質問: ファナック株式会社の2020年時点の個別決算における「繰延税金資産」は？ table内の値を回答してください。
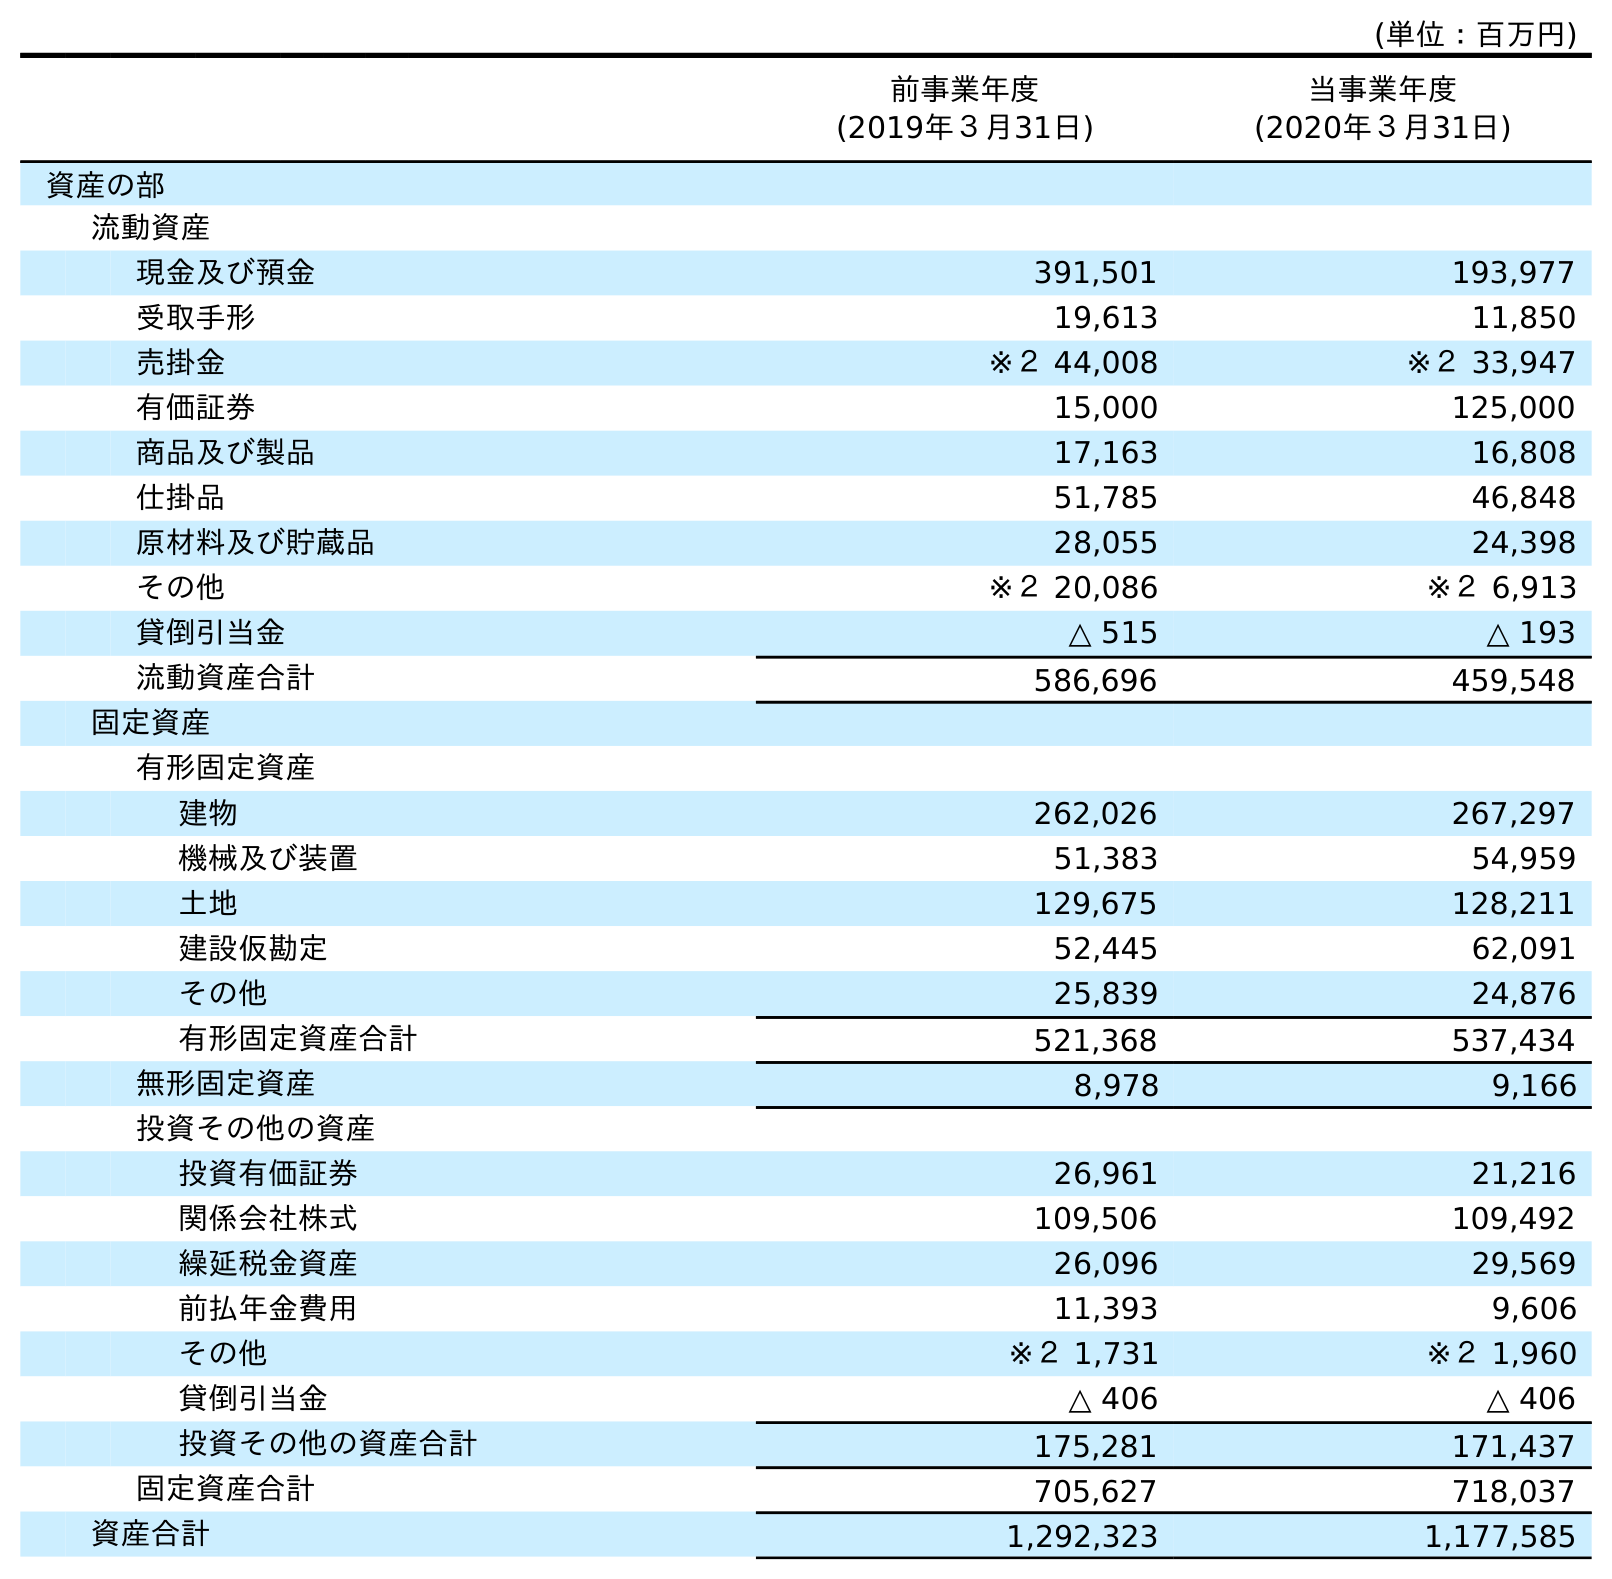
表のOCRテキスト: (単位：百万円) 前事業年度 (2019年３月31日) 当事業年度 (2020年３月31日) 資産の部 流動資産 現金及び預金 391,501 193,977 受取手形 19,613 11,850 売掛金 ※２ 44,008 ※２ 33,947 有価証券 15,000 125,000 商品及び製品 17,163 16,808 仕掛品 51,785 46,848 原材料及び貯蔵品 28,055 24,398 その他 ※２ 20,086 ※２ 6,913 貸倒引当金 △ 515 △ 193 流動資産合計 586,696 459,548 固定資産 有形固定資産 建物 262,026 267,297 機械及び装置 51,383 54,959 土地 129,675 128,211 建設仮勘定 52,445 62,091 その他 25,839 24,876 有形固定資産合計 521,368 537,434 無形固定資産 8,978 9,166 投資その他の資産 投資有価証券 26,961 21,216 関係会社株式 109,506 109,492 繰延税金資産 26,096 29,569 前払年金費用 11,393 9,606 その他 ※２ 1,731 ※２ 1,960 貸倒引当金 △ 406 △ 406 投資その他の資産合計 175,281 171,437 固定資産合計 705,627 718,037 資産合計 1,292,323 1,177,585
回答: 29,569